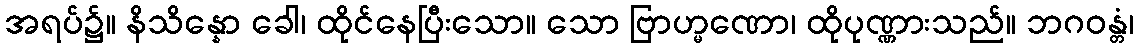
အရပ်၌။ နိသိန္နော ခေါ၊ ထိုင်နေပြီးသော။ သော ဗြာဟ္မဏော၊ ထိုပုဏ္ဏားသည်။ ဘဂဝန္တံ၊